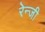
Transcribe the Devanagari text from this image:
रेन्जी